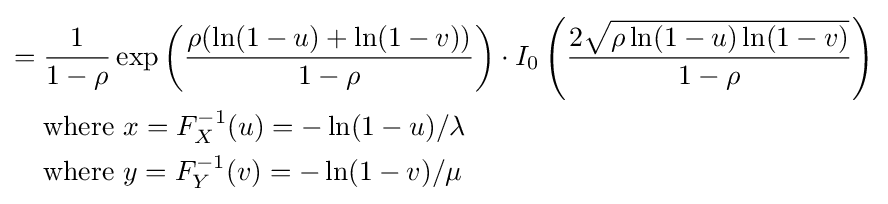
{\begin{aligned}={}&{\frac {1}{1-\rho }}\exp \left({\frac {\rho (\ln(1-u)+\ln(1-v))}{1-\rho }}\right)\cdot I_{0}\left({\frac {2{\sqrt {\rho \ln(1-u)\ln(1-v)}}}{1-\rho }}\right)\\&{\text{where }}x=F_{X}^{-1}(u)=-\ln(1-u)/\lambda \\&{\text{where }}y=F_{Y}^{-1}(v)=-\ln(1-v)/\mu \end{aligned}}